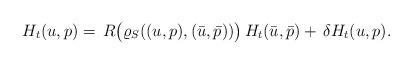
LaTeX: \begin{align*} H_t(u,p)=\,R\big(\varrho_S((u,p),(\bar{u},\bar{p}))\big)\,H_t(\bar{u},\bar{p})+\,\delta H_t(u,p). \end{align*}